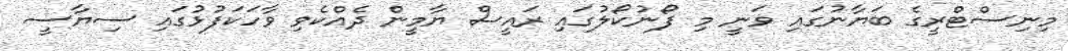
މިނިސްޓްރީގެ ބަޔާނުގައި ވަނީ މި ފޯނުކޯލުގައި ރައީސް ޔާމީން ދެއްކެވި ވާހަކަފުޅުގައި ސިޔާސީ